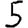
Digit: 5